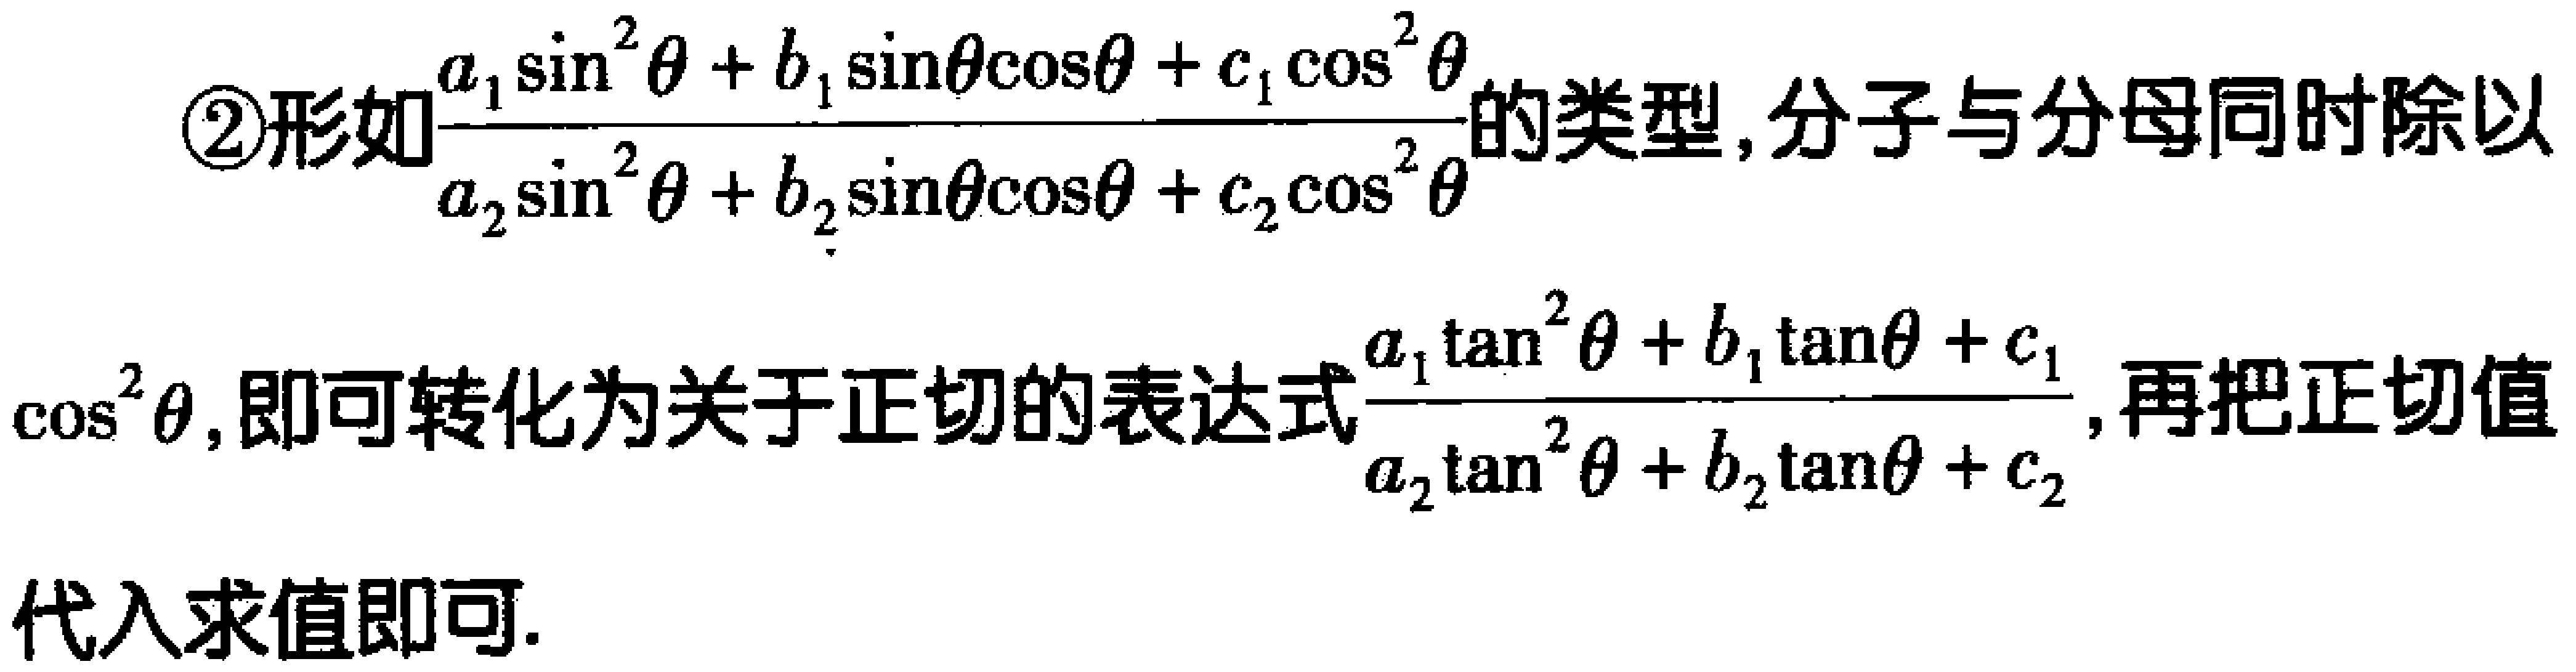
\textcircled{2}形如$\frac{a_{1}\sin^{2}\theta + b_{1}\sin\theta\cos\theta + c_{1}\cos^{2}\theta}{a_{2}\sin^{2}\theta + b_{2}\sin\theta\cos\theta + c_{2}\cos^{2}\theta}$的类型，分子与分母同时除以$\cos^{2}\theta$，即可转化为关于正切的表达式$\frac{a_{1}\tan^{2}\theta + b_{1}\tan\theta + c_{1}}{a_{2}\tan^{2}\theta + b_{2}\tan\theta + c_{2}}$，再把正切值代入求值即可.